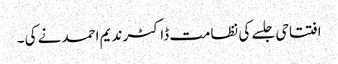
افتتاحی جلسے کی نظامت ڈاکٹر ندیم احمد نے کی ۔